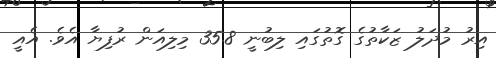
އިރު މުދަލު ޒަކާތުގެ ގޮތުގައި ލިބުނީ 35.8 މިލިއަން ރުފިޔާ އެވެ. އެއީ